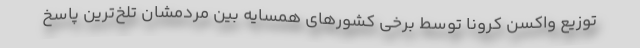
توزیع واکسن کرونا توسط برخی کشورهای همسایه بین مردمشان تلخ‌ترین پاسخ